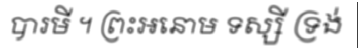
បារមី ។ ព្រះអនោម ទស្សី ទ្រង់